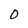
Character: O